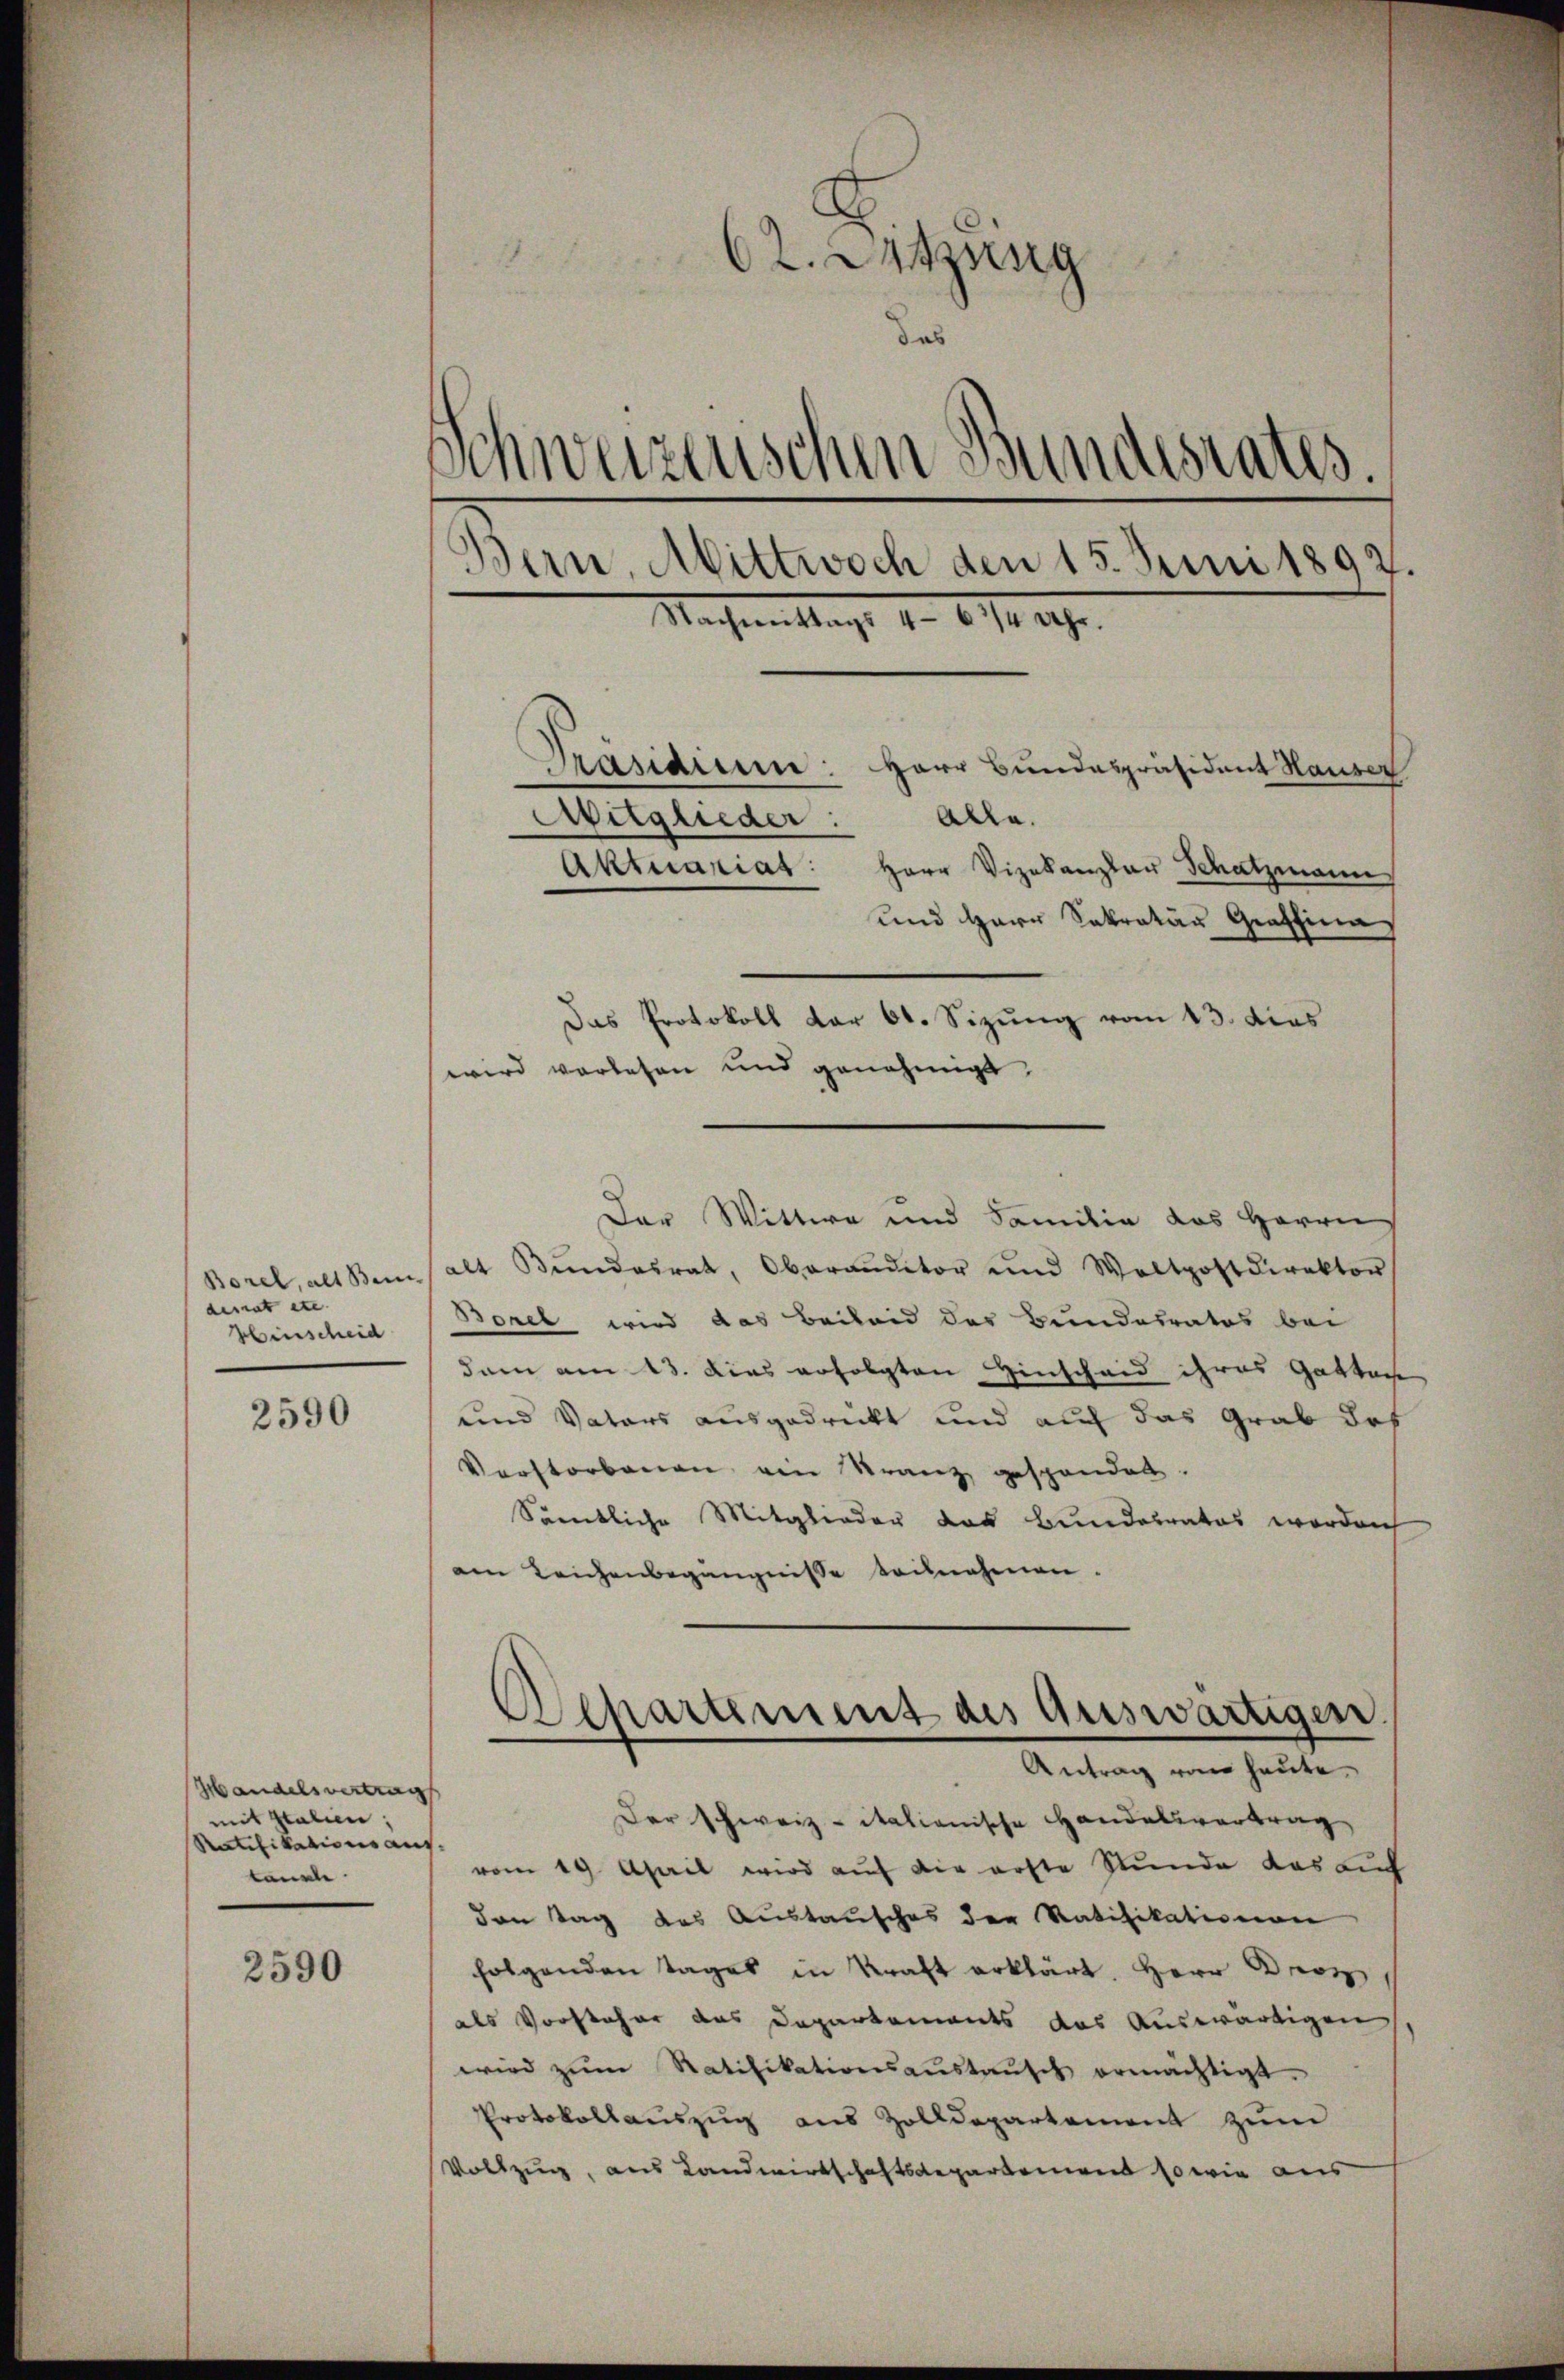
Borel, als Bei
denat etc.
Hinscheid

2590

Handelsvertrag
mit Italien;
Ratifikations auf
tanste

2590

62. Satzung
das
Schweizerischen Bundesrates.
Bern, Mittwoch den 15. Juni 1892.
Nachmittags d. 6. 79. 29.
Präsidium: Herr Bundespräsident Hauser
Alle.
Aitglieder:
Aktuariat: Herr Vizekanzler Schatzmann
Das Protokoll dar 61. Sizung vom 13. dies

und Herr Sekretär Graffina
wird vorlesen und genehmigt.
Der Wittwe und Familie das Herrn
alt Bundesrat, Oberauditor und Woltpostdirektor
Borel wird das Beiland des Bundesrates bei
dam am 13. Dies erfolgten Hinscheid ihres Gattac
und Vaters ausgedrückt und auf das Grab des
Verstorbenen ein Kranz gespandat.
Sämtliche Mitglieder das Bundesrates worden
am Leichenbegängnisse teilnehmen.
Der Schweiz. italienische Handelsvertrag
vom 19. April wird auf die erste Stunde das auf
den Tag des Austausches der Ratifikationen
folgenden Tages in Kraft erklärt. Herr Proz
als Vorsteher das Departements das Auswärtigen
wird zŭm Ratifikationsaŭstaŭsch ermächtigt.
Protokollauszug aus Zolldepartement zum
Vollzug, aus Landwirtschaftsdepartement so wie aus

Oschartement des Auswärtigen.
Antrag von heute.